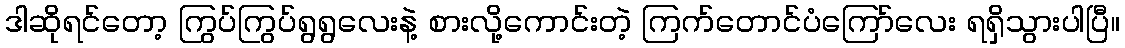
ဒါဆိုရင်တော့ ကြွပ်ကြွပ်ရွရွလေးနဲ့ စားလို့ကောင်းတဲ့ ကြက်တောင်ပံကြော်လေး ရရှိသွားပါပြီ။